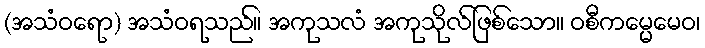
(အသံဝရော) အသံဝရသည်။ အကုသလံ အကုသိုလ်ဖြစ်သော။ ဝစီကမ္မေမေဝ၊